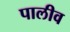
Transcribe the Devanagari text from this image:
पालीव